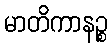
မာတိကာနဉ္စ